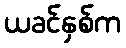
ယခင်နှစ်က